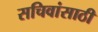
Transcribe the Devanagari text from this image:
सचिवांसाठी